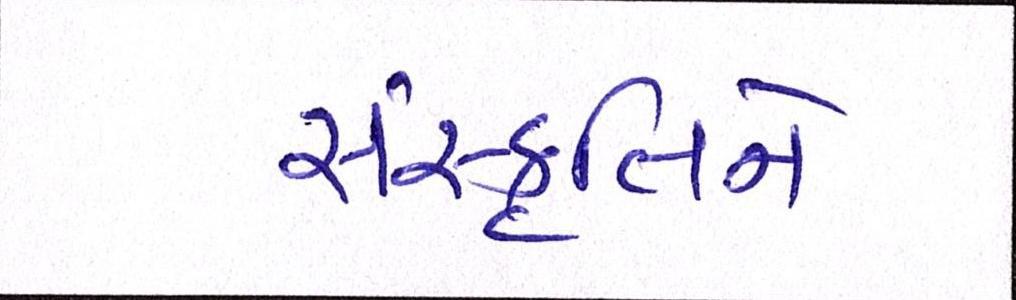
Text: સંસ્કૃતિને